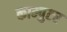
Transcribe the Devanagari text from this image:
काम्पुटर